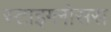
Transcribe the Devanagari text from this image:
स्टाइग्लोसस